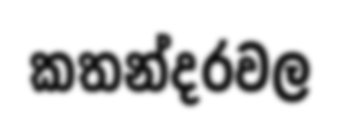
කතන්දරවල